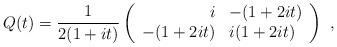
LaTeX: \begin{align*} Q(t) = \frac{1}{2(1+it)}\left(\begin{array}{rl}i & -(1+2it) \\-(1+2it) & i(1+2it) \end{array} \right) \ ,\end{align*}